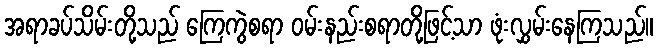
အရာခပ်သိမ်းတို့သည် ကြေကွဲစရာ ဝမ်းနည်းစရာတို့ဖြင့်သာ ဖုံးလွှမ်းနေကြသည်။